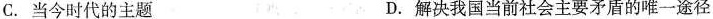
C. 当今时代的主题 D. 解决我国当前社会主要矛盾的唯一途径